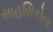
સાહસિકોના